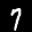
Label: 7